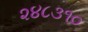
૨૪૮૩૧૦